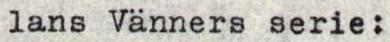
lans Vänners serie: